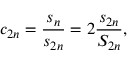
c _ { 2 n } = { \frac { s _ { n } } { s _ { 2 n } } } = 2 { \frac { s _ { 2 n } } { S _ { 2 n } } } ,